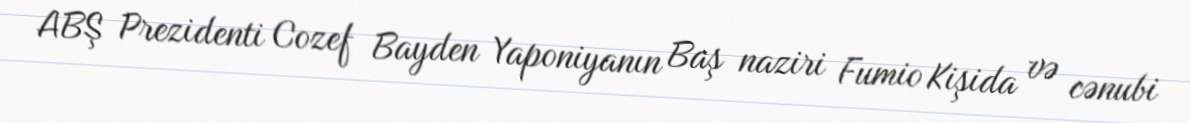
ABŞ Prezidenti Cozef Bayden Yaponiyanın Baş naziri Fumio Kişida və cənubi